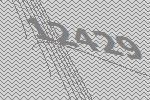
12429